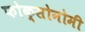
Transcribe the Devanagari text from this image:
फोक्सोनोमी